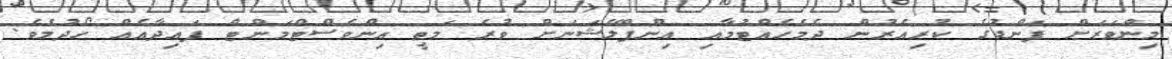
މިންވަރަށް ފަންޑުގެ ކުރިއެރުން ދެމެހެއްޓުމާއި އިންފްލޭޝަނަށް ވުރެ މަތީ އިންވެސްޓްމަންޓް ފައިދާއެއް ހޯދުމެވެ.